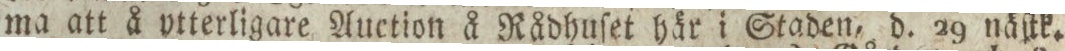
ma att å ytterligare Auction å Rådhuſet här i Staden, d. 29 näſtk.